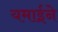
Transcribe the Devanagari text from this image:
यमाईने